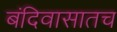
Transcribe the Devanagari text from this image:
बंदिवासातच